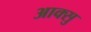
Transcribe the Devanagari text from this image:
आक्सु